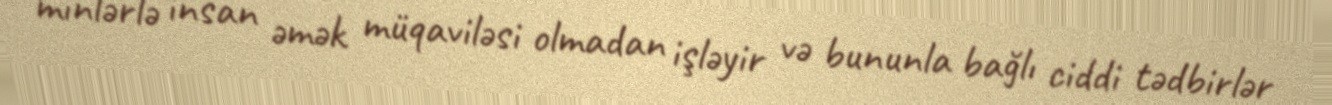
minlərlə insan əmək müqaviləsi olmadan işləyir və bununla bağlı ciddi tədbirlər